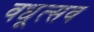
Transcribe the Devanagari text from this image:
वधूत्सव